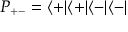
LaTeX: P _ { + - } = \langle + | \langle + | \langle - | \langle - |